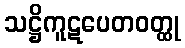
သဋ္ဌိကူဋပေတဝတ္ထု